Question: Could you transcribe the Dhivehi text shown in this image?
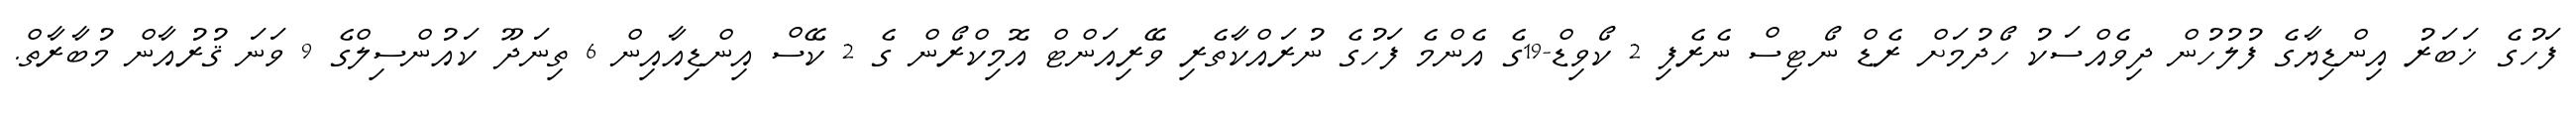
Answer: ފަހުގެ ޚަބަރު އިންޑިޔާގެ ފުލުހުން ދިވެއްސަކު ހޯދުމަށް ރެޑް ނޯޓިސް ނެރެފި 2 ކޯވިޑް-19ގެ އެންމެ ފަހުގެ ނުރައްކާތެރި ވޭރިއަންޓް އޮމިކްރޯން ގެ 2 ކޭސް އިންޑިއާއިން 6 ތިނަދޫ ކައުންސިލްގެ 9 ވަނަ ޤުރުއާން މުބާރާތް.